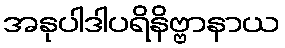
အနုပါဒါပရိနိဗ္ဗာနာယ